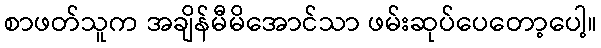
စာဖတ်သူက အချိန်မီမိအောင်သာ ဖမ်းဆုပ်ပေတော့ပေါ့။